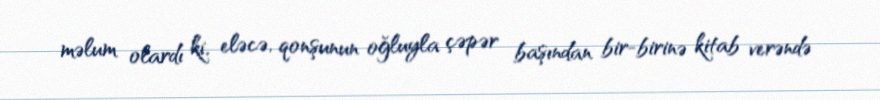
məlum olardı ki, eləcə, qonşunun oğluyla çəpər başından bir-birinə kitab verəndə